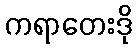
ကရာတေးဒို